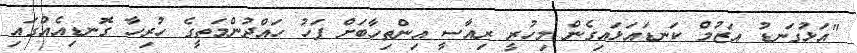
"އަޅުގަނޑު އަޒުމް ކަނޑައަޅައިގެން މިހުރީ ރިއާސީ އިންތިހާބަށް ފަހު ހައްދުންމަތީގެ ހުރިހާ ގޮނޑިއެއްގައި